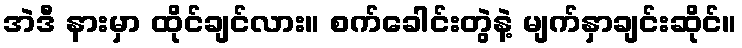
အဲဒီ နားမှာ ထိုင်ချင်လား။ စက်ခေါင်းတွဲနဲ့ မျက်နှာချင်းဆိုင်။